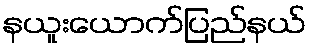
နယူးယောက်ပြည်နယ်